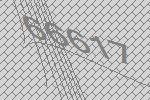
66617